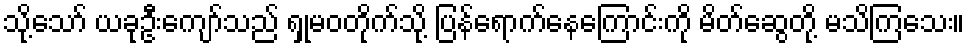
သို့သော် ယခုဦးကျော်သည် ရှုမဝတိုက်သို့ ပြန်ရောက်နေကြောင်းကို မိတ်ဆွေတို့ မသိကြသေး။